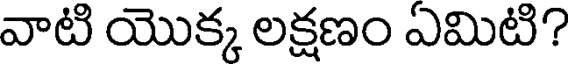
వాటి యొక్క లక్షణం ఏమిటి?